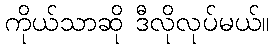
ကိုယ်သာဆို ဒီလိုလုပ်မယ်။